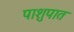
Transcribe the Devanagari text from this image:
पाशुपात